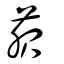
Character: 菔